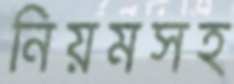
নিয়মসহ